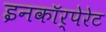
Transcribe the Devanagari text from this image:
इनकाॅर्पेरेट